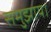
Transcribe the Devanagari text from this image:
समुझाय।